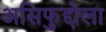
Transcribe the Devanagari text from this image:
असिफुद्दोला